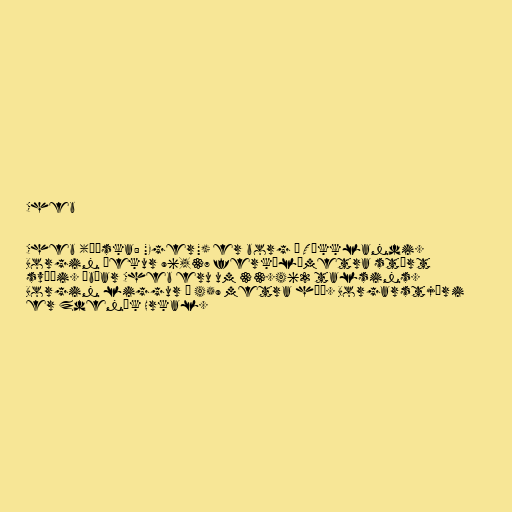
Cheb

Cheb (þýska: "Eger") er borg í Tékklandi.
Borgin þekur 96,37 ferkílómetra stórt
svæði. Íbúar Cheb eru um 33.462 talsins.
Borgin liggur í 459 metra hæð. Borgarstjóri
er Zdeněk Hrkal.